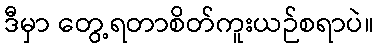
ဒီမှာ တွေ့ရတာစိတ်ကူးယဉ်စရာပဲ။